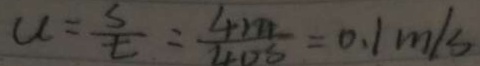
u = \frac { s } { t } = \frac { 4 m } { 4 0 s } = 0 . 1 m / s